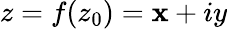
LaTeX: z=f(z_{0})=\mathbf{x}+iy